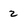
Character: 2